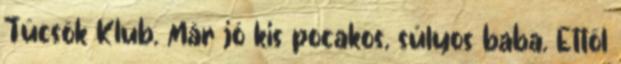
Tücsök Klub. Már jó kis pocakos, súlyos baba. Ettől